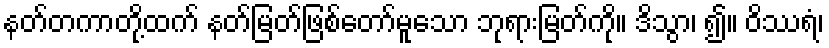
နတ်တကာတို့ထက် နတ်မြတ်ဖြစ်တော်မူသော ဘုရားမြတ်ကို။ ဒိသွာ၊ ၍။ ဝိဿရံ၊